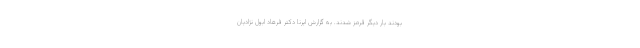
بودند بار دیگر قرمز شدند. به گزارش ایرنا دکتر فرهاد ابول نژادیان